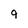
Character: 9